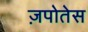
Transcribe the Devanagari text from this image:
ज़पोतेस